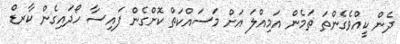
ދެން ކީއްވެގެންތަ ތަމެން އަމިއްލަ އަށް މަސައްކަތް ކޮށްގެން ފައިސާ ހޯދައިގެން ކާރޑް